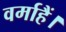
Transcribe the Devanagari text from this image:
वर्माहैं।